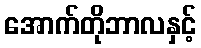
အောက်တိုဘာလနှင့်